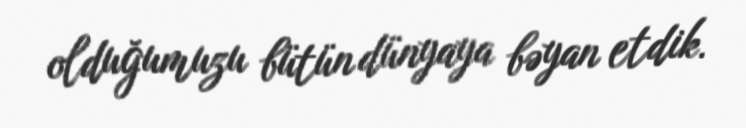
olduğumuzu bütün dünyaya bəyan etdik.